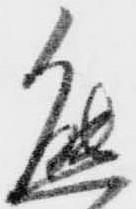
熊